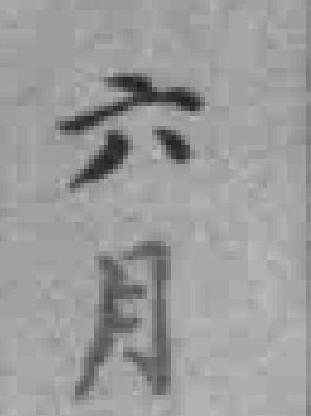
六月